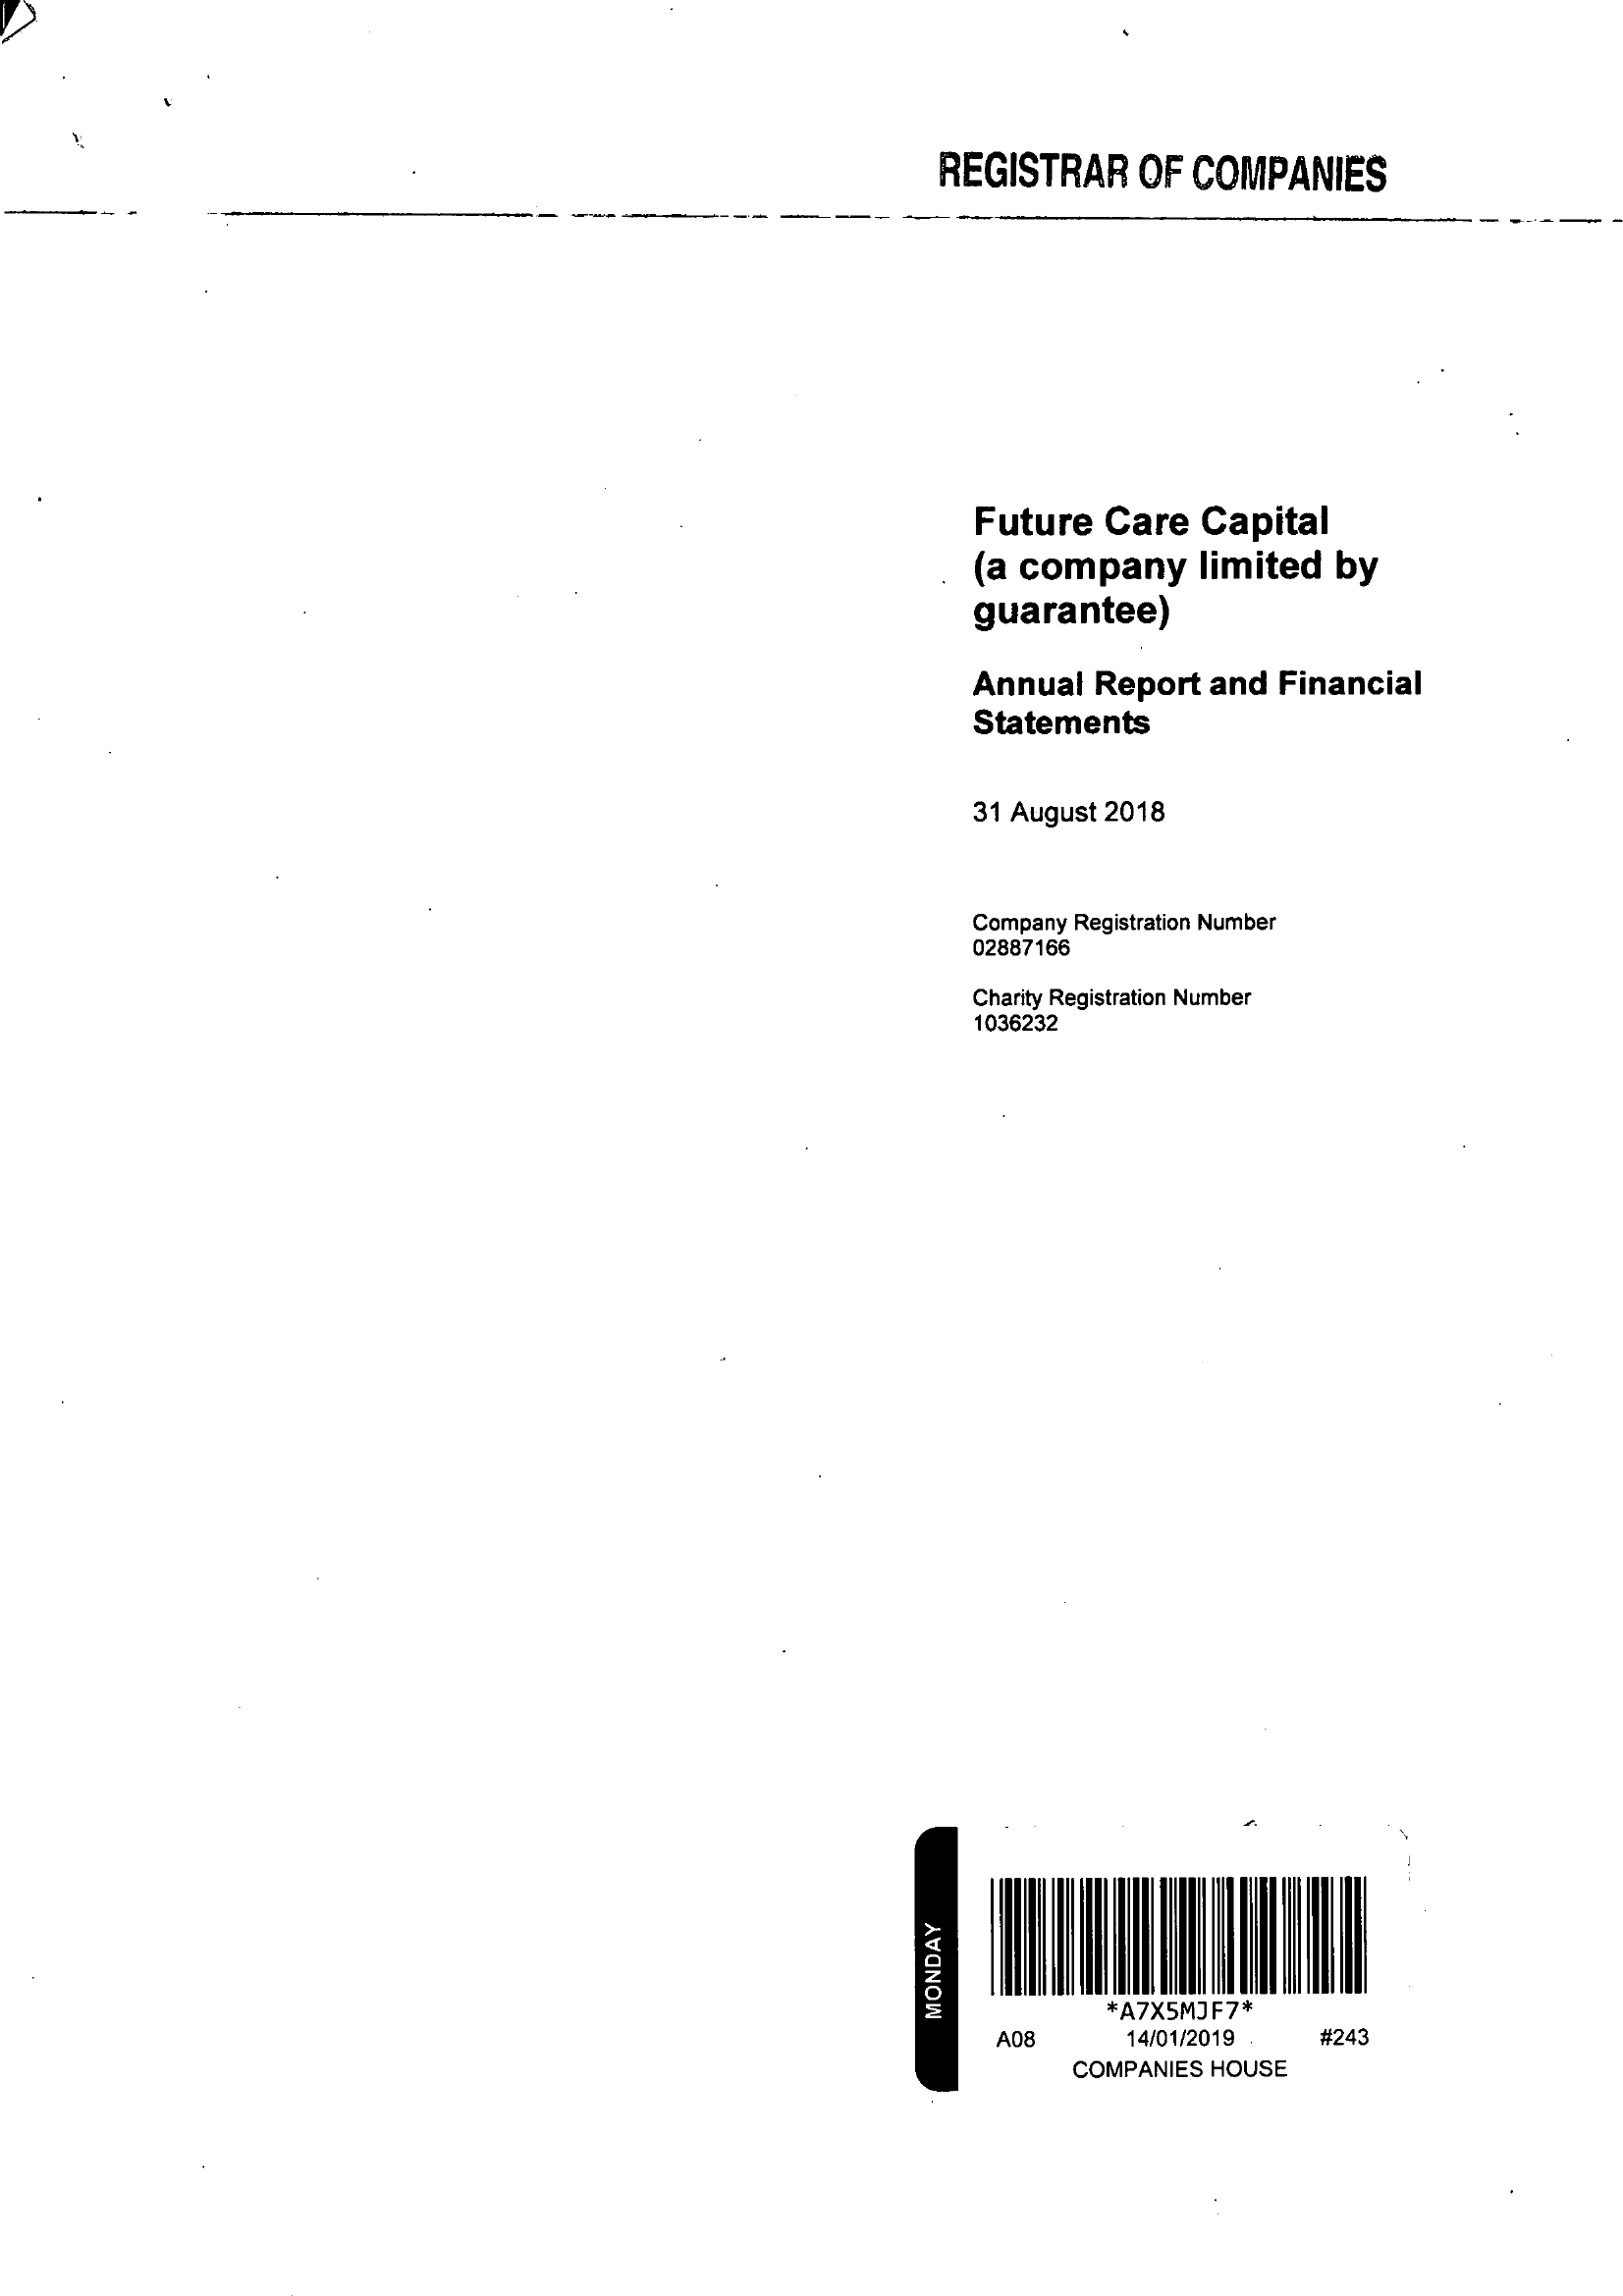
MONDAY
     REGISTRAR    OF   COMPANIES
     Future    Care    Capital
     (a  company    limited    by
     guarantee)
     Annual    Report    and    Financial
     Statements
     31 August   2018
     Company  Registration Number
     02887166
     Charity Registration Number
     1036232
     -
     *A7XSMIF7*
     A08    14/01/2019
     .
     #243
     COMPANIES   HOUSE